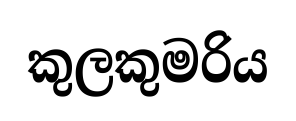
කුලකුමරිය